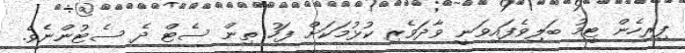
ފިރިހެން ޓީމު ބަލިވެފައިވަނީ ވާދަވެރި ކުޅުމަކަށް ފަހު ތިން ސެޓް ދެ ސެޓުންނެވެ.